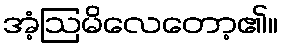
အံ့ဩမိလေတော့၏။